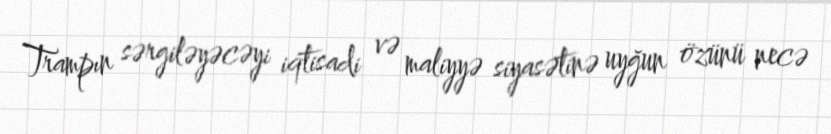
Trampın sərgiləyəcəyi iqtisadi və maliyyə siyasətinə uyğun özünü necə